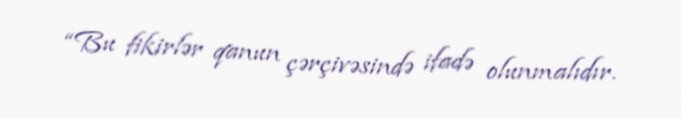
“Bu fikirlər qanun çərçivəsində ifadə olunmalıdır.